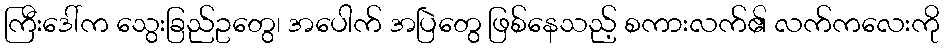
ကြီးဒေါ်က သွေးခြည်ဥတွေ၊ အပေါက် အပြဲတွေ ဖြစ်နေသည့် စကားလက်၏ လက်ကလေးကို